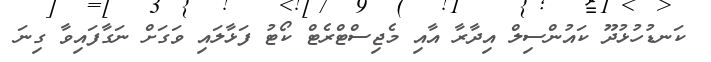
ކަނޑުހުޅުދޫ ކައުންސިލް އިދާރާ އާއި މެޖިސްޓްރެޓް ކޯޓު ފަޅާލައި ވަގަށް ނަގާފައިވާ ގިނަ